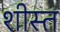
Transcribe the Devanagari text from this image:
शीस्त